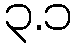
၃.၁